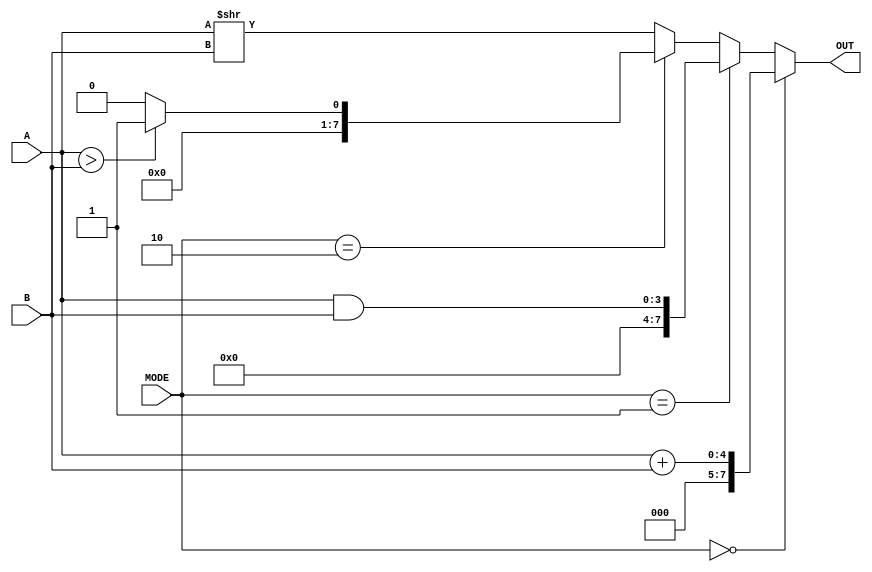
module ALU_pro(OUT,A,B,MODE);

input [3:0]A,B;
input  [1:0]MODE;
output reg [7:0]OUT;

always@(MODE or A or B)
begin
if(MODE==0) OUT=A+B;
else if (MODE ==1) OUT=A&B;
else if (MODE ==2) if(A>B) OUT=1; else OUT=0;
else OUT=A>>B;

end

endmodule